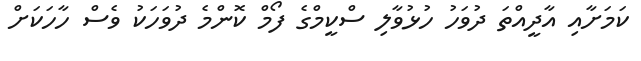
ކަމަށާއި އާދީއްތަ ދުވަހު ހުޅުވާލި ސްކީމްގެ ފޯމް ކޮންމެ ދުވަހަކު ވެސް ހާހަކަށް